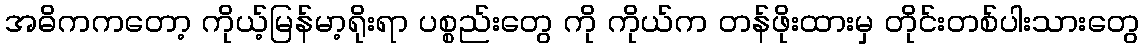
အဓိကကတော့ ကိုယ့်မြန်မာ့ရိုးရာ ပစ္စည်းတွေ ကို ကိုယ်က တန်ဖိုးထားမှ တိုင်းတစ်ပါးသားတွေ